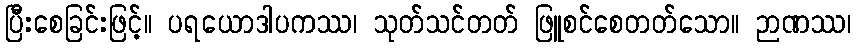
ပြီးစေခြင်းဖြင့်။ ပရယောဒါပကဿ၊ သုတ်သင်တတ် ဖြူစင်စေတတ်သော။ ဉာဏဿ၊